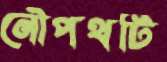
নৌপথটি